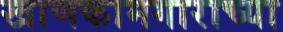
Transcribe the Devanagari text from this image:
खाणकामगाराच्या